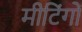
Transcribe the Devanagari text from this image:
मीटिंगों